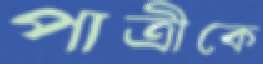
পাত্রীকে